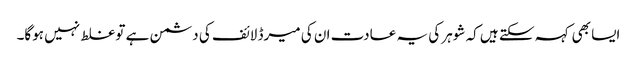
ایسا بھی کہہ سکتے ہیں کہ شوہر کی یہ عادت ان کی میرڈ لائف کی دشمن ہے تو غلط نہیں ہوگا۔